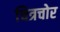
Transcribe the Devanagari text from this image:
चित्रचोर